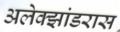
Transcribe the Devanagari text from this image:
अलेक्झांडरास